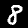
Label: 8